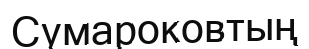
Сумароковтың